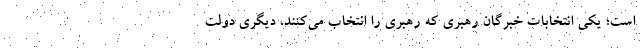
است؛ یکی انتخابات خبرگان رهبری که رهبری را انتخاب می‌کنند، دیگری دولت